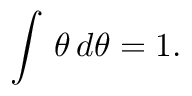
\int \, \theta \, d \theta = 1 .